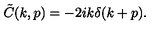
\tilde { C } ( k , p ) = - 2 i k \delta ( k + p ) .